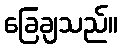
ခြေချသည်။